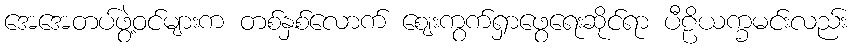
အေအေတပ်ဖွဲ့ဝင်များက တစ်နှစ်လောက် ဈေးကွက်ရှာဖွေရေးဆိုင်ရာ ပီဠိယက္ခမင်းလည်း